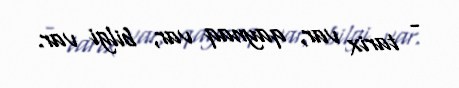
- tarix var, qaynaq var, bilgi var.